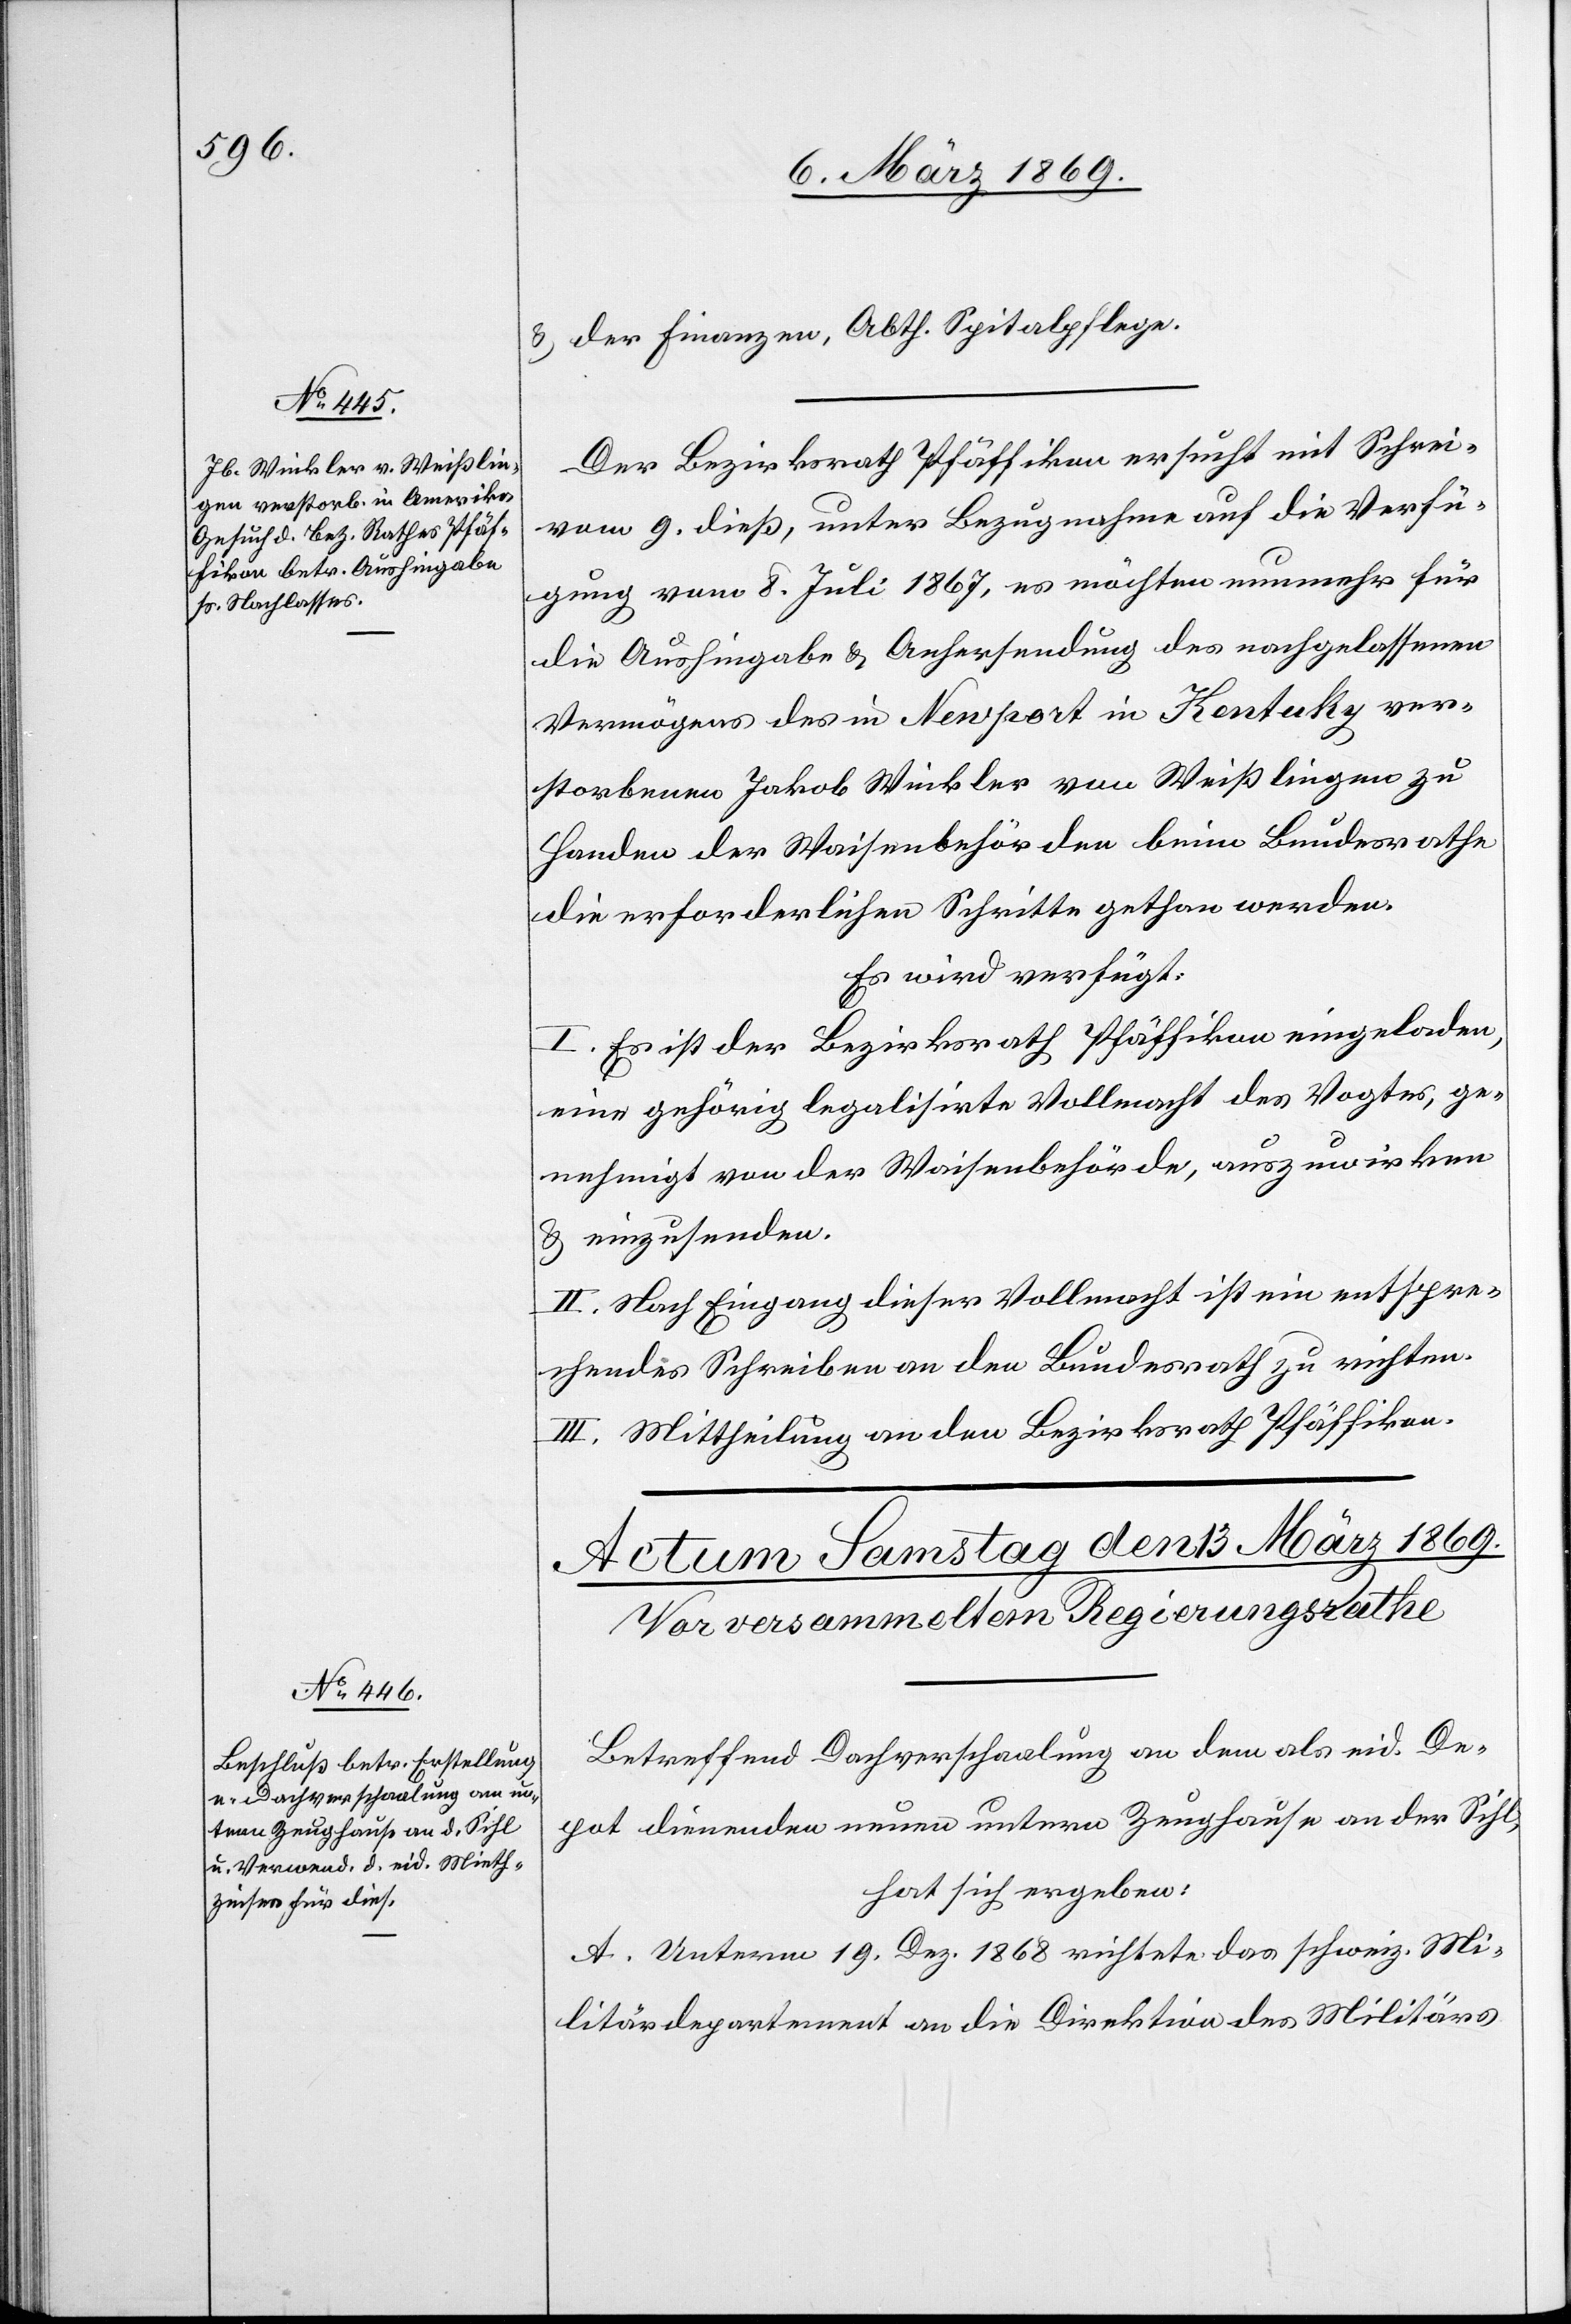
11. März 1869.]
& der Finanzen, Abth. Spitalpflege.
Der Bezirksrath Pfäffikon ersucht mit Schrei[ben]
vom 9. dieß, unter Bezugnahme auf die Verfü¬
gung vom 8. Juli 1867, es möchten nunmehr für
die Aushingabe & Anhersendung des nachgelassenen
Vermögens des in Newport in Kentucky ver¬
storbenen Jakob Winkler von Weißlingen zu
Handen der Waisenbehörden beim Bundesrathe
die erforderlichen Schritte gethan werden.
Es wird verfügt:
I. Es ist der Bezirksrath Pfäffikon eingeladen,
eine gehörig legalisirte Vollmacht des Vogtes, ge¬
nehmigt von der Waisenbehörde, auszuwirken
& einzusenden.
II. Nach Eingang dieser Vollmacht ist ein entspre¬
chendes Schreiben an den Bundesrath zu richten.
III. Mittheilung an den Bezirksrath Pfäffikon.
Betreffend Dachverschaalung an dem als eid. De¬
pot dienenden neuen untern Zeughause an der Sihl,
hat sich ergeben:
A. Unterm 19. Dez. 1868 richtete das schweiz. Mi¬
litärdepartement an die Direktion des Militärs